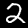
Digit: 2